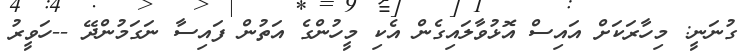
ގުނަނީ: މިހާރަކަށް އައިސް އޮޅުވާލައިގެން އެކި މީހުންގެ އަތުން ފައިސާ ނަގަމުންދޭ --ހަވީރު